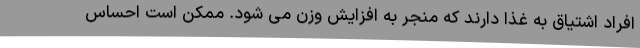
افراد اشتیاق به غذا دارند که منجر به افزایش وزن می شود. ممکن است احساس